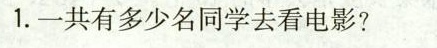
1.一共有多少名同学去看电影?